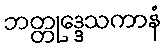
ဘတ္တုဒ္ဒေသကာနံ